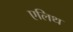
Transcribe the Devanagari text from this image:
एलिथ